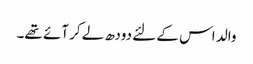
والد اس کے لئے دودھ لے کر آئے تھے۔